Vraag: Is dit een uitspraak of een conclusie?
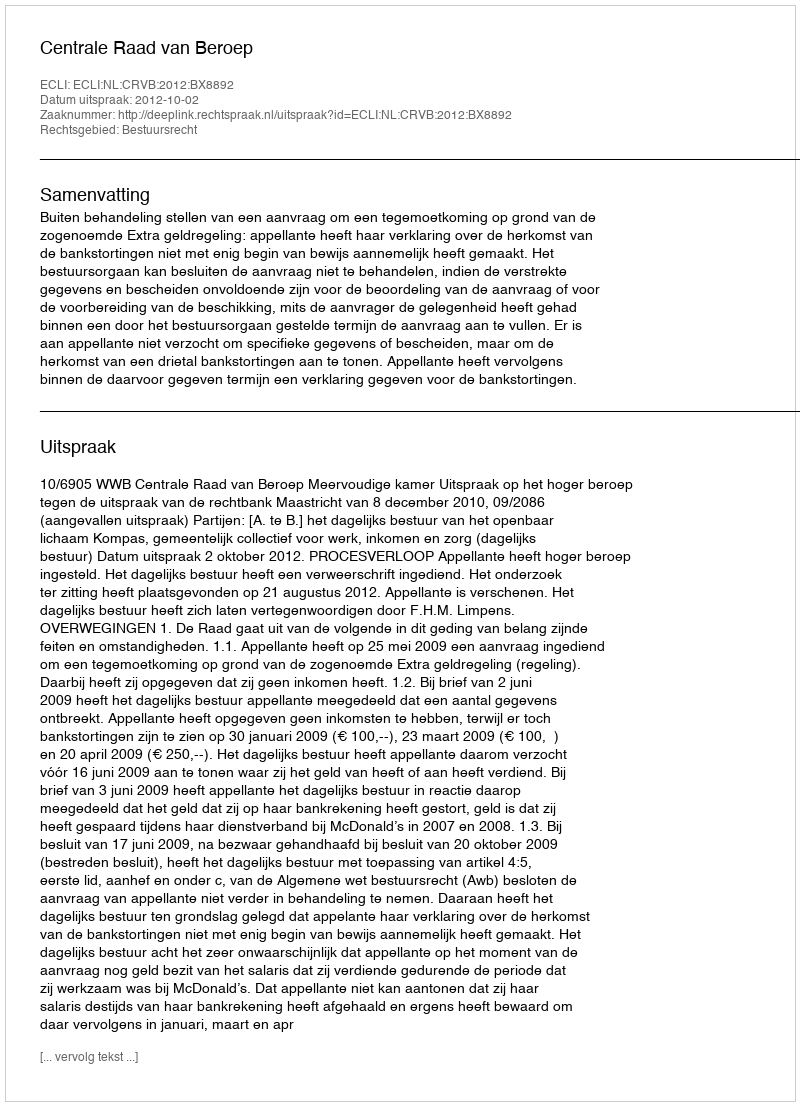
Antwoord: Uitspraak